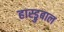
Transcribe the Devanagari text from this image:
हास्ड्रुबाल